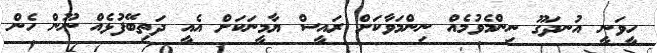
ހީވަނީ އުނދަގޫ ނިންމެވުމެއް ނިންމަވާކަށް ރައީސް ޔާމީނަކަށް އެއީ ދަތިބޭފުޅެއް ނޫން ހެން